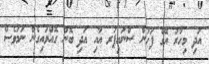
އަދި މިހާރު އޭގެ ފަހުން ސްނައިޕަރ އާއި އަދި ބޮން ގޮއްވައިގެން ނަމަވެސް